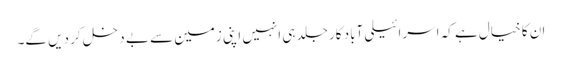
ان کا خیال ہے کہ اسرائیلی آباد کار جلد ہی انہیں اپنی زمین سے بے دخل کر دیں گے۔